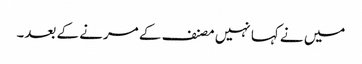
میں نے کہا نہیں مصنف کے مرنے کے بعد۔